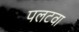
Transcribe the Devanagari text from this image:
पलटवा